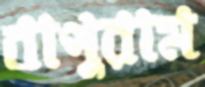
বাপুরাম